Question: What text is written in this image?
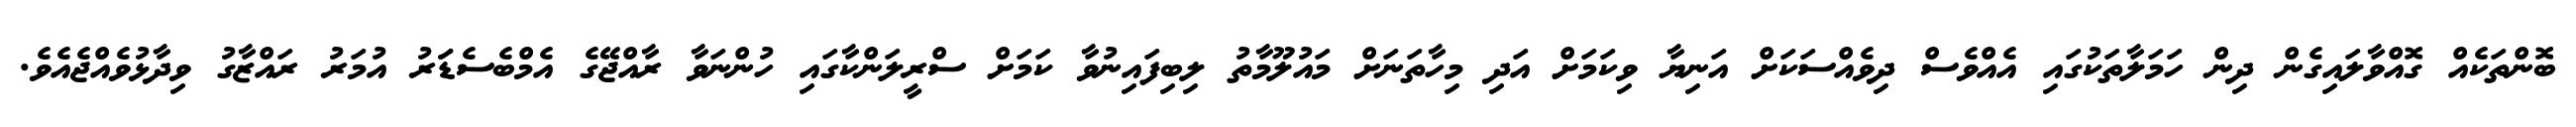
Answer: ބޮންތަކެއް ގޮއްވާލައިގެން ދިން ހަމަލާތަކުގައި އެއްވެސް ދިވެއްސަކަށް އަނިޔާ ވިކަމަށް އަދި މިހާތަނަށް މައުލޫމާތު ލިބިފައިނުވާ ކަމަށް ސްރީލަންކާގައި ހުންނަވާ ރާއްޖޭގެ އެމްބެސެޑަަރު އުމަރު ރައްޒާގު ވިދާޅުވެއްޖެއެވެ.